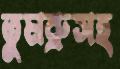
তুমব্রুসহ